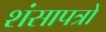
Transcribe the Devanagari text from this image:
शंसापत्रों